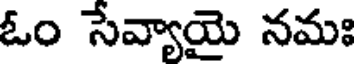
ఓం సేవ్యాయై నమః